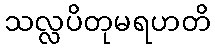
သလ္လပိတုမရဟတိ